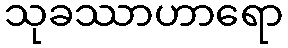
သုခဿာဟာရော